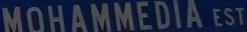
MOHAMMEDIA EST